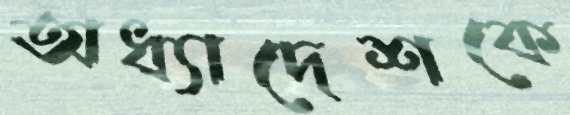
অধ্যাদেশকে